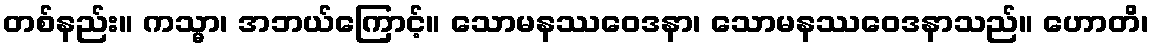
တစ်နည်း။ ကသ္မာ၊ အဘယ်ကြောင့်။ သောမနဿဝေဒနာ၊ သောမနဿဝေဒနာသည်။ ဟောတိ၊